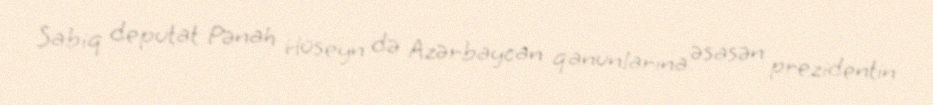
Sabiq deputat Pənah Hüseyn də Azərbaycan qanunlarına əsasən prezidentin